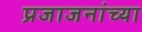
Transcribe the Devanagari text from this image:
प्रजाजनांच्या